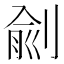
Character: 㓱